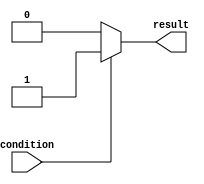
module if_else_statement (
    input wire condition,
    output reg result
);

always @(*)
begin
    if(~condition) // check for negation of condition
    begin
        // block of code to be executed if condition is false
        result = 0; // example logical operation
    end
    else
    begin
        // block of code to be executed if condition is true
        result = 1; // example logical operation
    end
end

endmodule